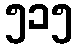
၅၁၅